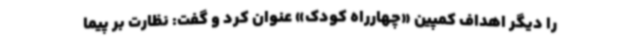
را دیگر اهداف کمپین «چهارراه کودک» عنوان کرد و گفت: نظارت بر پیما